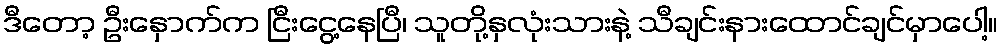
ဒီတော့ ဦးနှောက်က ငြီးငွေ့နေပြီ၊ သူတို့နှလုံးသားနဲ့ သီချင်းနားထောင်ချင်မှာပေါ့။